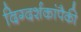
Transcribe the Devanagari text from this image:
दिग्दर्शकांपैकी